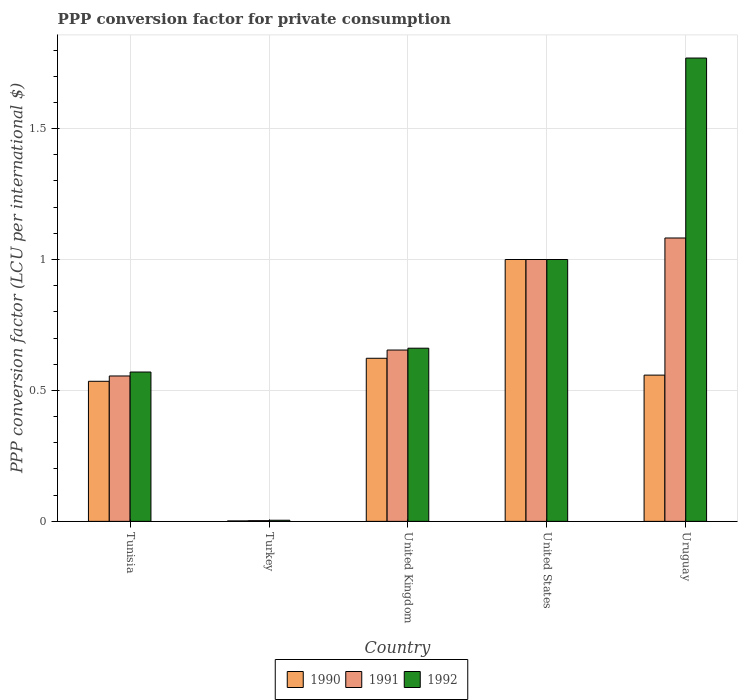
| Country | 1990 | 1991 | 1992 |
 | --- | --- | --- | --- |
 | Tunisia | 0.535 | 0.555 | 0.57 |
 | Turkey | 0.00171 | 0.00266 | 0.00429 |
 | United Kingdom | 0.623 | 0.654 | 0.661 |
 | United States | 1 | 1 | 1 |
 | Uruguay | 0.558 | 1.08 | 1.77 |